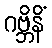
ဂဗ္ဘိနိံ